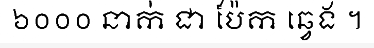
៦០០០ នាក់ ជា ប៉ែក ឆ្វេង ។